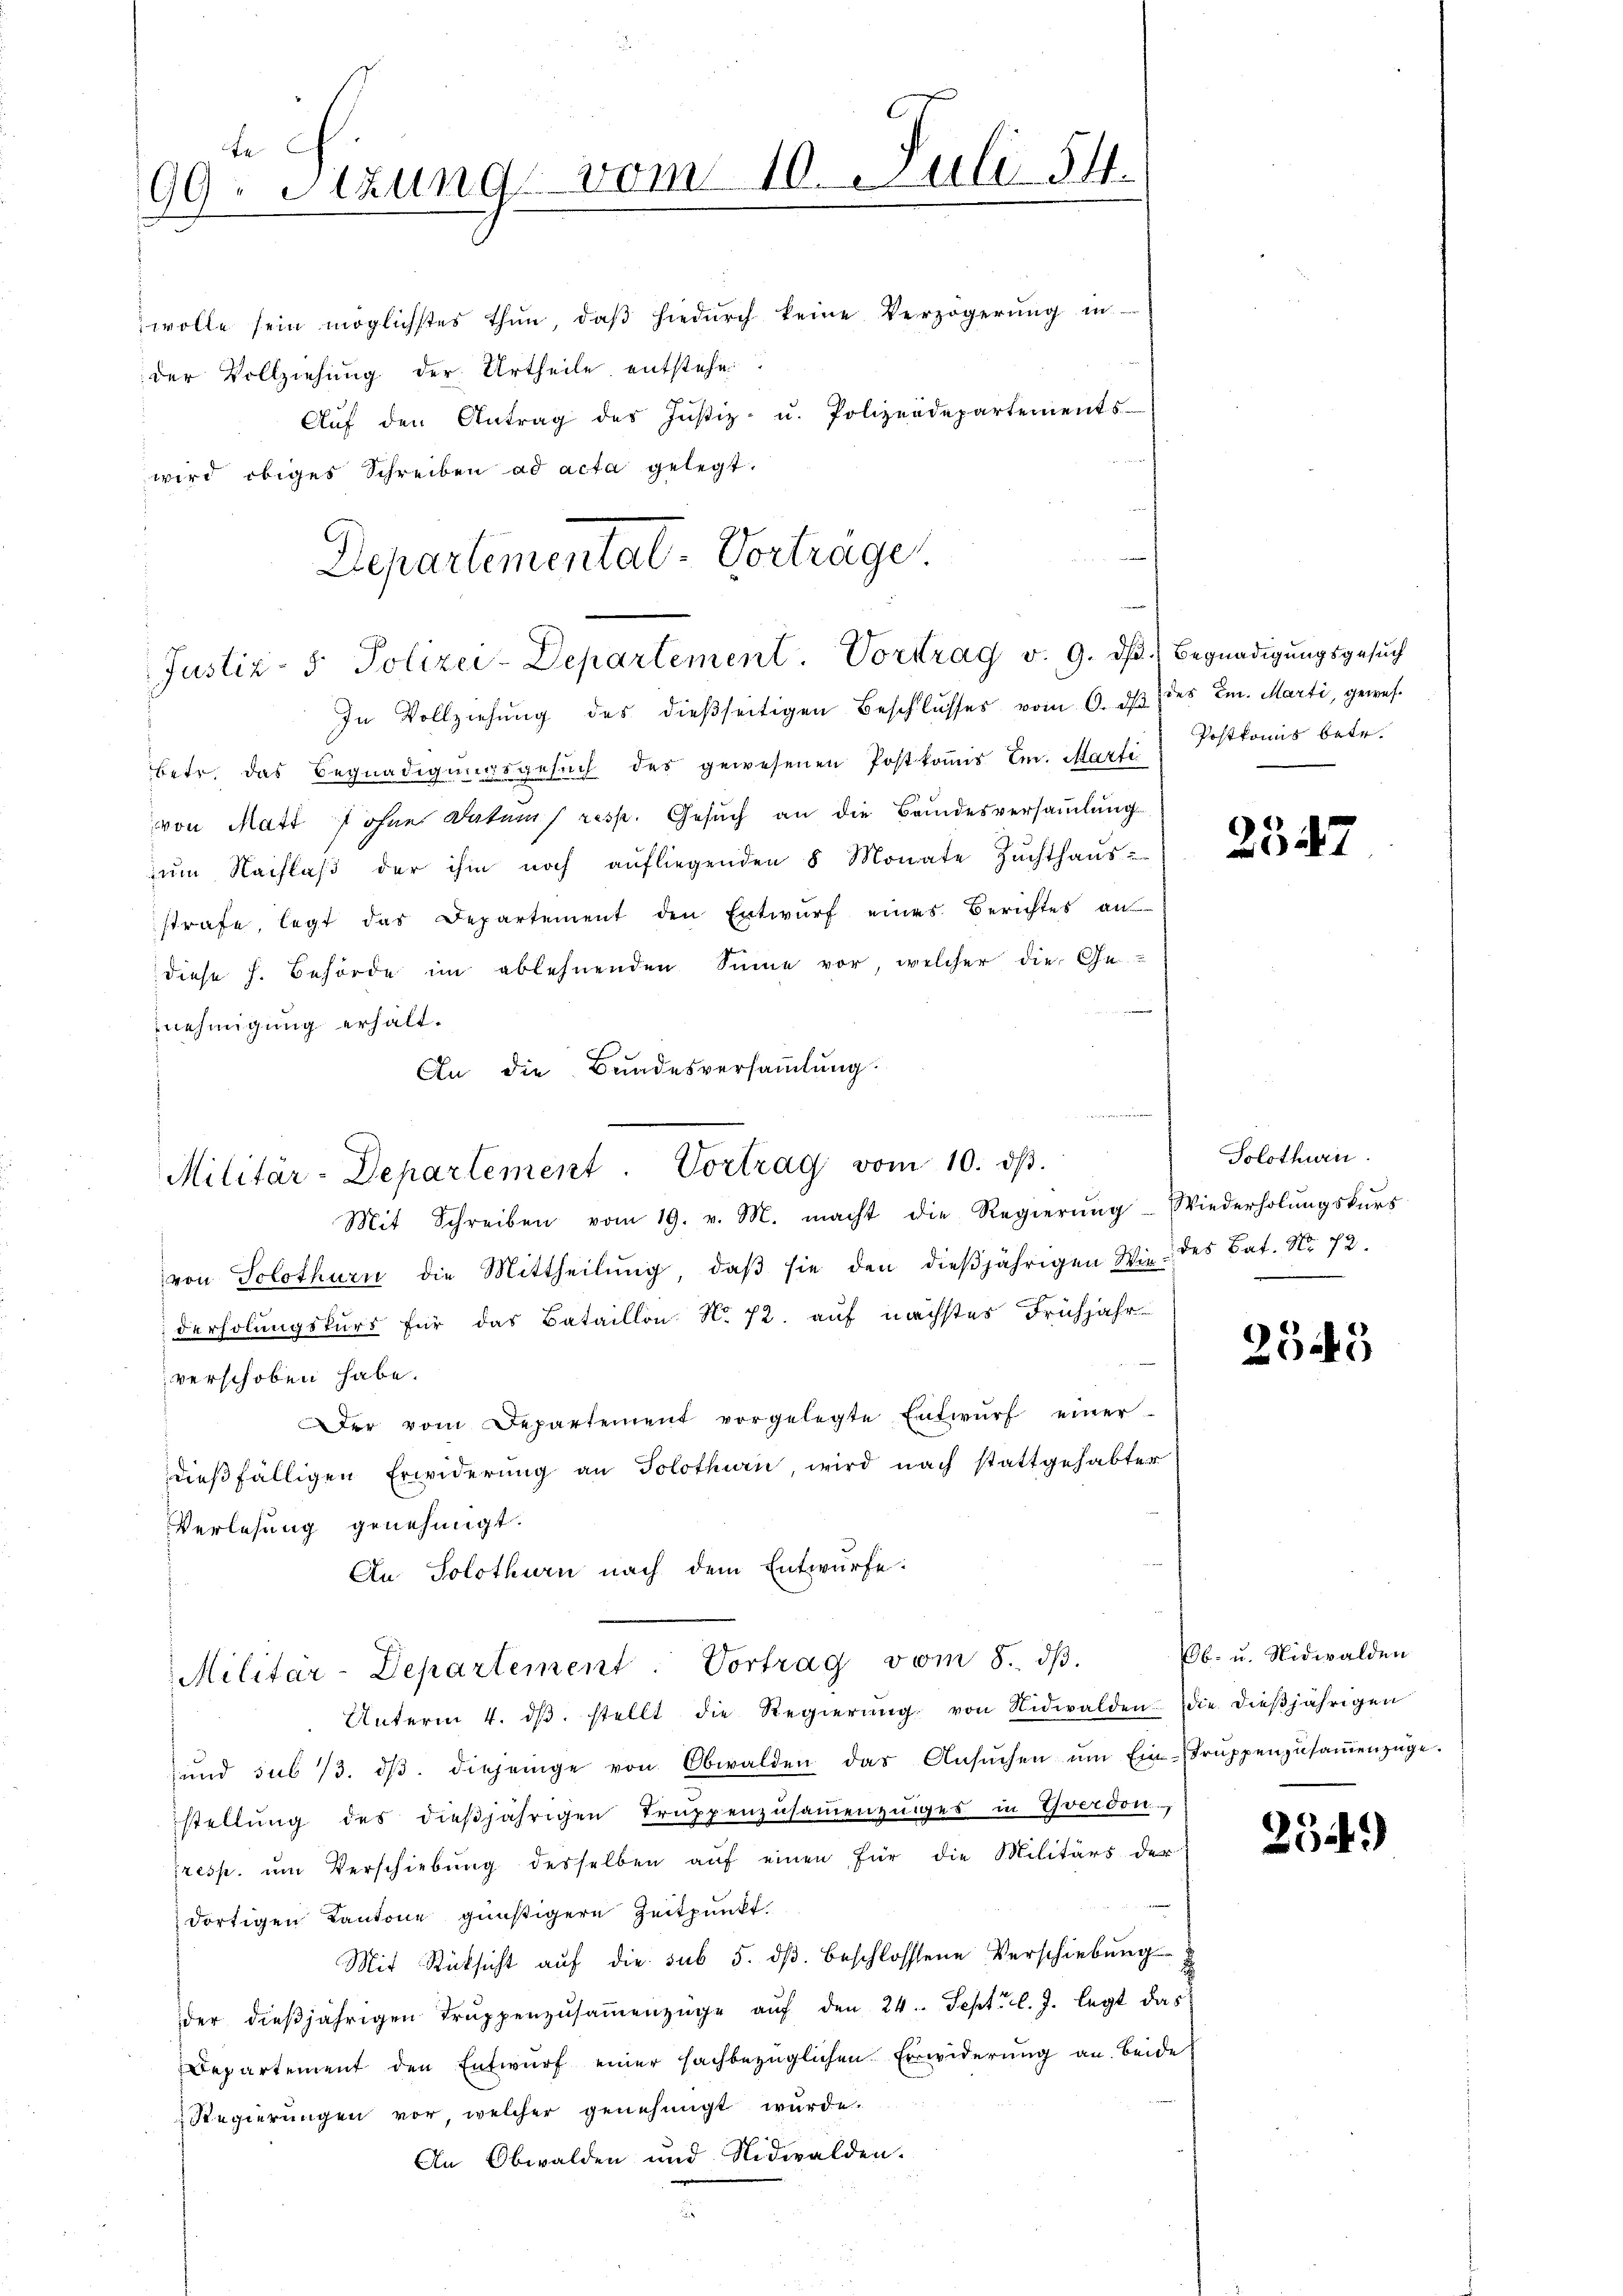
Departementat- Vorträge

te C
99. Sitzung vom 10. Juli 54.
wolle sein möglichstes thun, daβ hiedurch keine Verzögerŭng in
der Vollziehung der Urtheile entstehe
Aŭf den Antrag des Justiz- u. Polizeidepartements
wird obiges Schreiben ad acta gelegt.

Justiz- & Polizei-Departement. Vortrag v. 9. dß. Begnadigungsgesuch

In Vollziehŭng des dießseitigen Beschlŭsses vom 6. dβ des Em. Marti, gewes
betr. das Begnadigungsgesŭch des gewesenen Postkomis Em. Marti
von Matt f ohne Datum resp. Gesŭch an die Bandesversaṁlŭng
zŭm Nachlaβ der ihm noch aŭfliegenden 8 Monate Zŭchthaŭs-
strafe, legt das Departement den Entwŭrf eines Berichtes an
diese h. Behörde im ablehnenden Sinne vor, welcher die Genehmigung erhält.
An die Bundesversammlung.

Militär-Departement. Vortrag vom 10. dβ.
Mit Schreiben vom 19. v. M. macht die Regierŭng Wiederholŭngskŭrs

Militär-Departement. Vortrag vom 8. dβ.

von Solothurn die Mittheilŭng, daβ sie den dieβjährigen Wie des Bat. No. 72.
derholungskurs für das Bataillon N. 72. auf nächstes Frühjahr
verschoben habe.
Der vom Departement vorgelegte Entwŭrf einer
dießfälligen Erwiderung an Solothurn, wird nach stattgehabter
Verlesung genehmigt.
An Solothurn nach dem Entwürfe.
Unterm 4. dβ. stellt die Regierŭng von Nidwalden die dieβjährigen
und sub 13. dβ. diejenige von Obwalden das Ansŭchen ŭm Ein-Trŭppenzŭsaṁenzüge.
stellŭng des dieβjährigen Trŭppenzŭsaṁenzŭges in Yverdon,
resp. ŭm Verschiebŭng desselben aŭf einen für die Militärs der
dortigen Kantone günstigere Zeitpunkt.
Mit Rücksicht auf die sub 5. dß. beschlossene Verschiebung
der dieβjährigen Trŭppenzŭsaṁenzüge aŭf den 24. Sept. l. J. legt das
Departement den Entwurf einer sachbezüglichen Erwiderung an beide
Regierungen vor, welcher genehmigt wurde.
An Obwalden und Nidwalden.

Postkomnis betr.

2547

Solothurn.

2545

b. u. Nidwalden

2549)